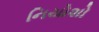
નિયોશો